Riigikantselei, lk 389
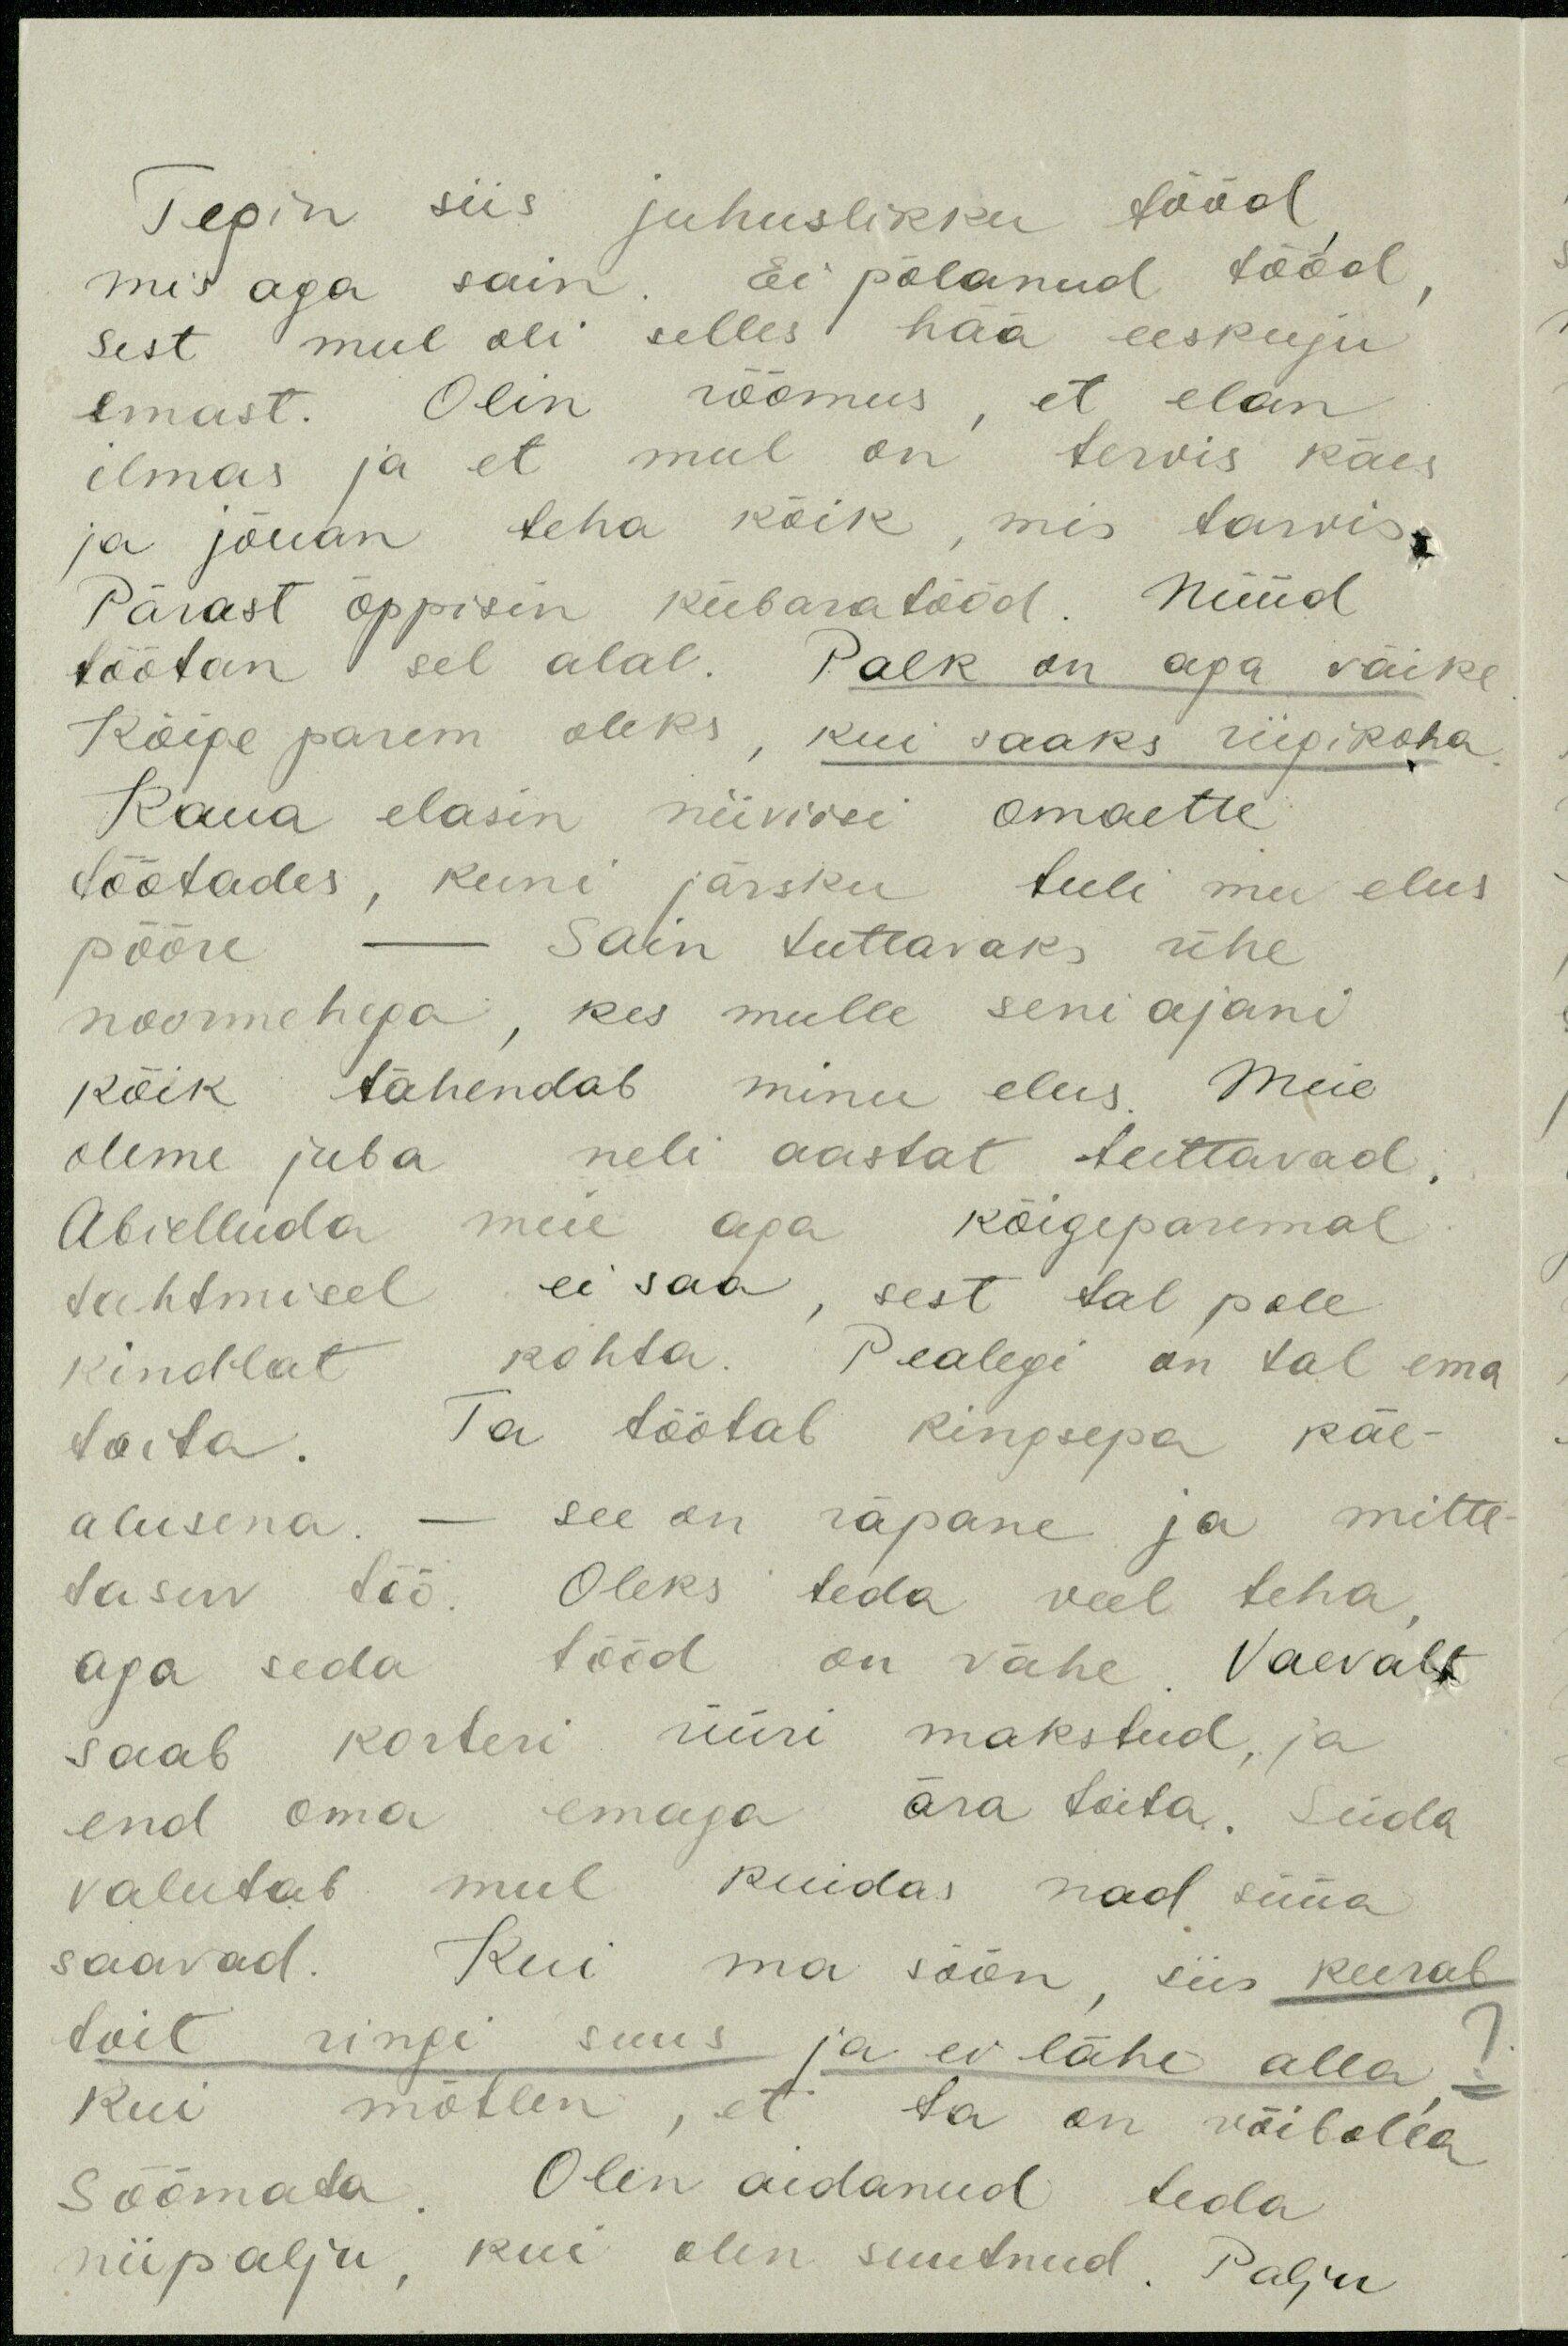
Tegin siis juhuslikku tööd
mis aga sain. Ei põlanud tööd
sest mul oli selles hää eeskuju
emast. Olin rõõmus, et elan
ilmas ja et mul on tervis käes
ja jõuan teha kõik, mis tarvis.
Pärast õppisin kübaratööd. Nüüd
töötan sel alal. Palk on aga väike
Kõige parem oleks, kui saaks riigikoha
Kaua elasin niiviisi omaette
töötades, kuni järsku tuli mu elus
pööre - Sain tuttavaks ühe
noormehega, kes mulle seni ajani
kõik tähendab minu elus. Meie
oleme juba neli aastat tuttavad
Abielluda meie aga kõigeparemal
tahtmisel ei saa, sest tal pole
kindlat kohta. Pealegi on tal ema
toita. Ta töötab kingsepa käe-
alusena. - see on räpane ja mitte
tasuv töö. Oleks teda veel teha,
aga seda tööd on vähe. Vaevalt
saab korteri üüri makstud, ja
end oma emaga ära toita. Süda
valutab mul kuidas nad süüa
saavad. Kui ma söön, siis keerab
toit ringi suus ja ei lähe alla?
Kui mõtlen, et ta on võibolla
söömata. Olen aidanud teda
niipalju, kui olen suutnud. Palju